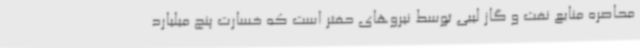
محاصره منابع نفت و گاز لیبی توسط نیروهای حفتر است که خسارت پنج میلیارد